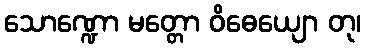
သောဏ္ဍော မတ္တော ဝိဓေယျော တု၊